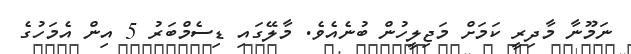
ނަމޫނާ މާދިރީ ކަމަށް މަޖިލީހުން ބުނެއެވެ. މާލޭގައި ޑިސެމްބަރު 5 އިން އެމަހުގެ